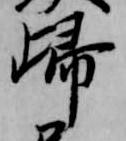
帰